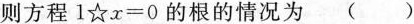
则方程1☆x=0的根的情况为 ()